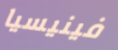
فينيسيا